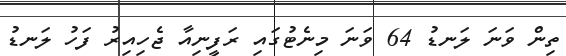
ތިން ވަނަ ލަނޑު 64 ވަނަ މިނެޓުގައި ރަފީނިއާ ޖެހިއިރު ފަހު ލަނޑު